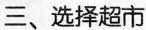
三、选择超市